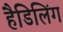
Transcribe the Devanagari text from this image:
हैडिलिंग